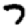
Digit: 7